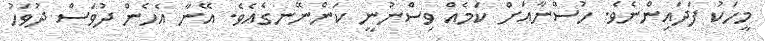
މީހަކު ފަދައިންނެވެ. ހުސްނާއަށް ކަމެއް ވިސްނުނީ ކަންނޭނގެއެވެ. އޭނާ އެހެން ދުވަސް ދުވަހު